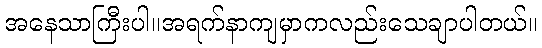
အနေသာကြီးပါ။အရက်နာကျမှာကလည်းသေချာပါတယ်။